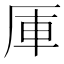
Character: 厙